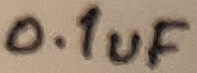
Text: 0.1uF